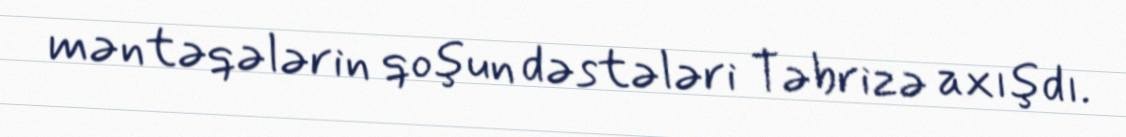
məntəqələrin qoşun dəstələri Təbrizə axışdı.